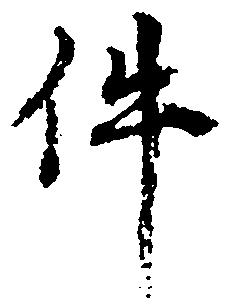
件